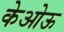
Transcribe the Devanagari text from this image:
केओऊ